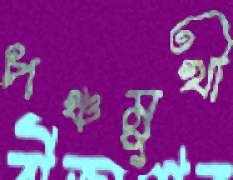
পঞ্চমুখী